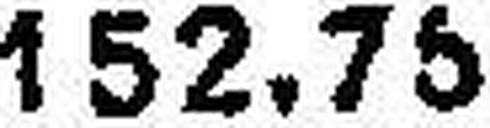
152.75